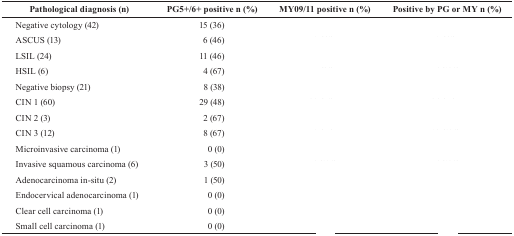
<table><thead><tr><td><b>Pathological diagnosis (n)</b></td><td><b>PG5+/6+ positive n (%)</b></td><td><b>MY09/11 positive n (%)</b></td><td><b>Positive by PG or MY n (%)</b></td></tr></thead><tbody><tr><td>Negative cytology (42)</td><td>15 (36)</td><td>[EMPTY_CELL]</td><td>[EMPTY_CELL]</td></tr><tr><td>ASCUS (13)</td><td>6 (46)</td><td>[EMPTY_CELL]</td><td>[EMPTY_CELL]</td></tr><tr><td>LSIL (24)</td><td>11 (46)</td><td>[EMPTY_CELL]</td><td>[EMPTY_CELL]</td></tr><tr><td>HSIL (6)</td><td>4 (67)</td><td>[EMPTY_CELL]</td><td>[EMPTY_CELL]</td></tr><tr><td>Negative biopsy (21)</td><td>8 (38)</td><td>[EMPTY_CELL]</td><td>[EMPTY_CELL]</td></tr><tr><td>CIN 1 (60)</td><td>29 (48)</td><td>[EMPTY_CELL]</td><td>[EMPTY_CELL]</td></tr><tr><td>CIN 2 (3)</td><td>2 (67)</td><td>[EMPTY_CELL]</td><td>[EMPTY_CELL]</td></tr><tr><td>CIN 3 (12)</td><td>8 (67)</td><td>[EMPTY_CELL]</td><td>[EMPTY_CELL]</td></tr><tr><td>Microinvasive carcinoma (1)</td><td>0 (0)</td><td>[EMPTY_CELL]</td><td>[EMPTY_CELL]</td></tr><tr><td>Invasive squamous carcinoma (6)</td><td>3 (50)</td><td>[EMPTY_CELL]</td><td>[EMPTY_CELL]</td></tr><tr><td>Adenocarcinoma in-situ (2)</td><td>1 (50)</td><td>[EMPTY_CELL]</td><td>[EMPTY_CELL]</td></tr><tr><td>Endocervical adenocarcinoma (1)</td><td>0 (0)</td><td>[EMPTY_CELL]</td><td>[EMPTY_CELL]</td></tr><tr><td>Clear cell carcinoma (1)</td><td>0 (0)</td><td>[EMPTY_CELL]</td><td>[EMPTY_CELL]</td></tr><tr><td>Small cell carcinoma (1)</td><td>0 (0)</td><td>[EMPTY_CELL]</td><td>[EMPTY_CELL]</td></tr></tbody></table>